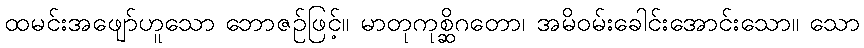
ထမင်းအဖျော်ဟူသော ဘောဇဉ်ဖြင့်။ မာတုကုစ္ဆိဂတော၊ အမိဝမ်းခေါင်းအောင်းသော။ သော